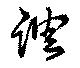
調